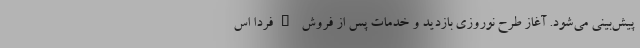
پیش‌بینی می‌شود. آغاز طرح نوروزی بازدید و خدمات پس از فروش "فردا اس